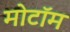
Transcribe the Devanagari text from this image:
मोटॉम